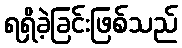
ရရှိခဲ့ခြင်းဖြစ်သည်